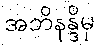
အဘိနန္ဒိမှ